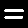
Digit: 2